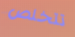
تتخلص